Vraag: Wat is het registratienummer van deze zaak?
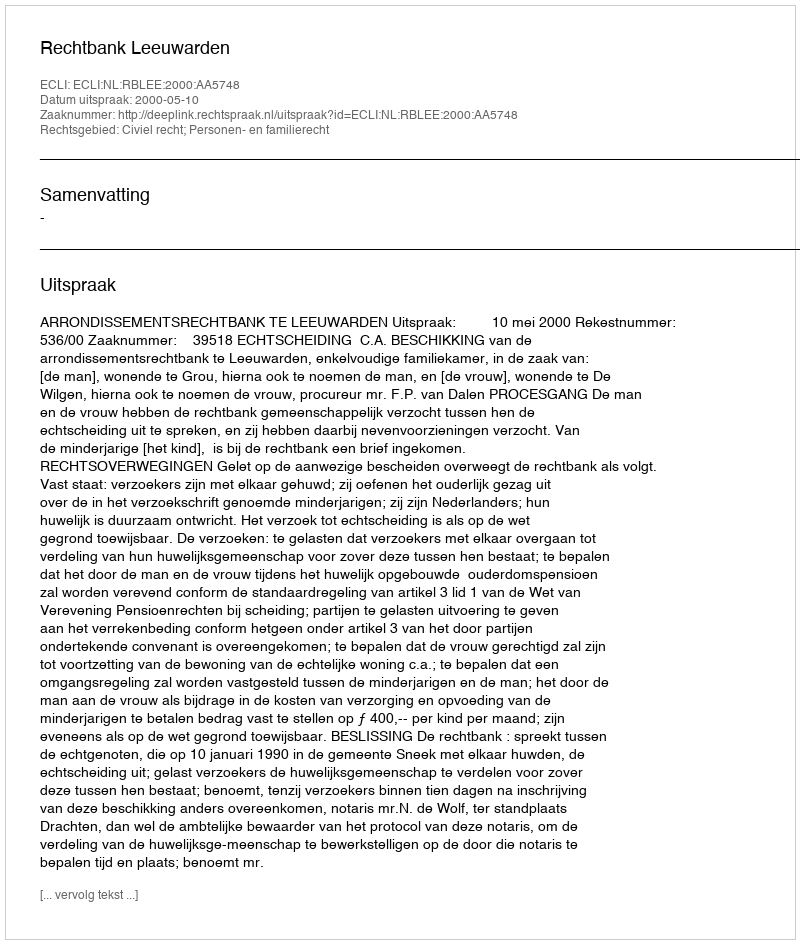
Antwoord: http://deeplink.rechtspraak.nl/uitspraak?id=ECLI:NL:RBLEE:2000:AA5748